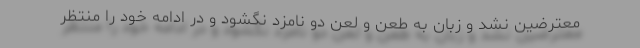
معترضین نشد و زبان به طعن و لعن دو نامزد نگشود و در ادامه خود را منتظر